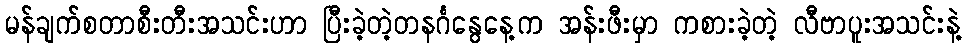
မန်ချက်စတာစီးတီးအသင်းဟာ ပြီးခဲ့တဲ့တနင်္ဂနွေနေ့က အန်းဖီးမှာ ကစားခဲ့တဲ့ လီဗာပူးအသင်းနဲ့